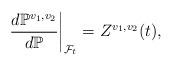
LaTeX: \begin{align*}\frac{d\mathbb{P}^{v_1,v_2}}{d\mathbb{P}}\bigg|_{\mathcal{F}_t}=Z^{v_1,v_2}(t),\end{align*}